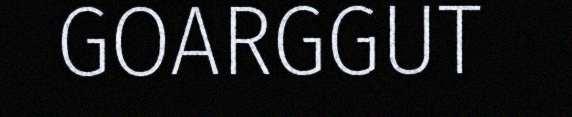
GOARGGUT